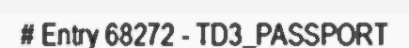
# Entry 68272 - TD3_PASSPORT